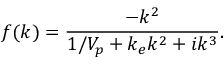
f ( k ) = \frac { - k ^ { 2 } } { 1 / V _ { p } + k _ { e } k ^ { 2 } + i k ^ { 3 } } .